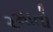
રમાતો